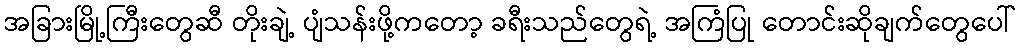
အခြားမြို့ကြီးတွေဆီ တိုးချဲ့ ပျံသန်းဖို့ကတော့ ခရီးသည်တွေရဲ့ အကြံပြု တောင်းဆိုချက်တွေပေါ်